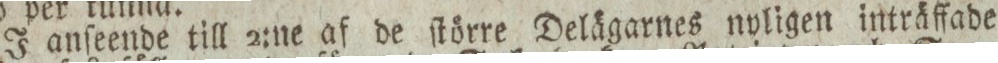
J anſeende till 2:ne af de ſtörre Delägarnes nvligen inträffade